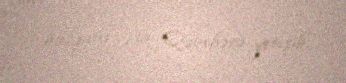
başqanı İsa Qəmbərə yetişib.